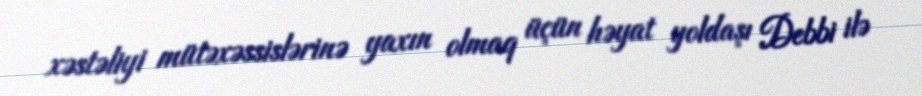
xəstəliyi mütəxəssislərinə yaxın olmaq üçün həyat yoldaşı Debbi ilə